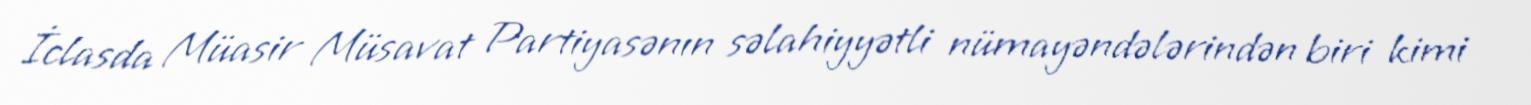
İclasda Müasir Müsavat Partiyasənın səlahiyyətli nümayəndələrindən biri kimi